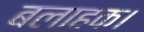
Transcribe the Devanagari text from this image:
बलाहक।